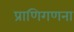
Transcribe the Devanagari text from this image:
प्राणिगणना